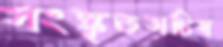
সংস্কৃতসচিব